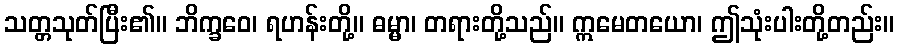
သတ္တသုတ်ပြီး၏။ ဘိက္ခဝေ၊ ရဟန်းတို့။ ဓမ္မာ၊ တရားတို့သည်။ ဣမေတယော၊ ဤသုံးပါးတို့တည်း။